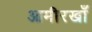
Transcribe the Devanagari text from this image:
आमीरखाँ